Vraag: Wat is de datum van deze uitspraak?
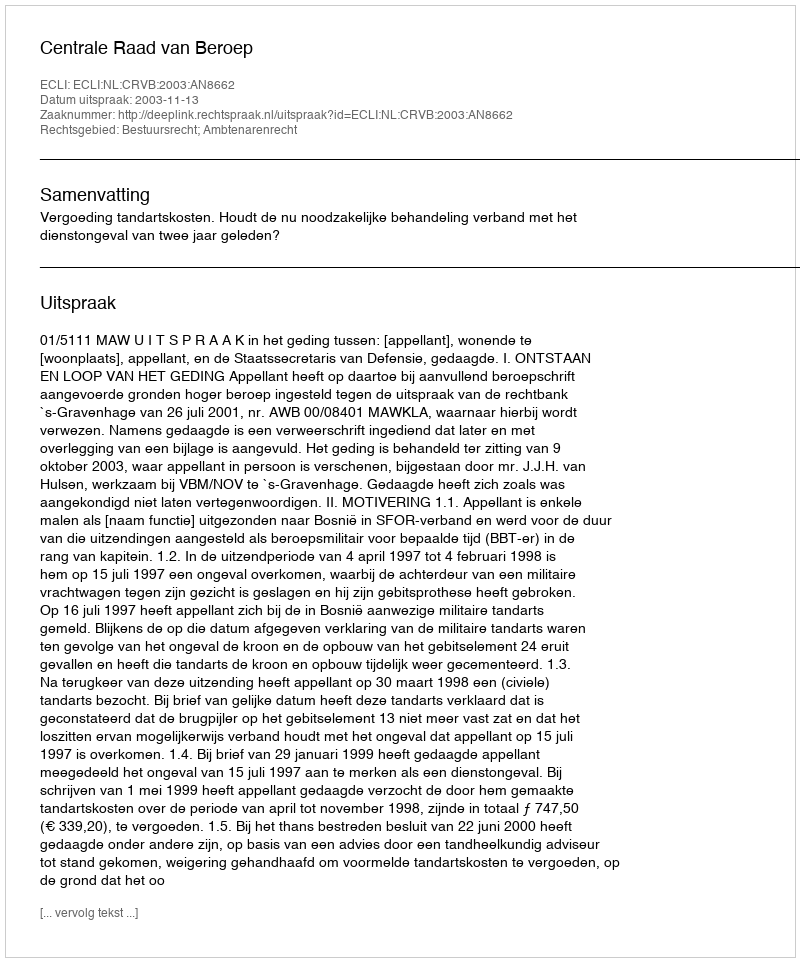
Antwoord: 2003-11-13